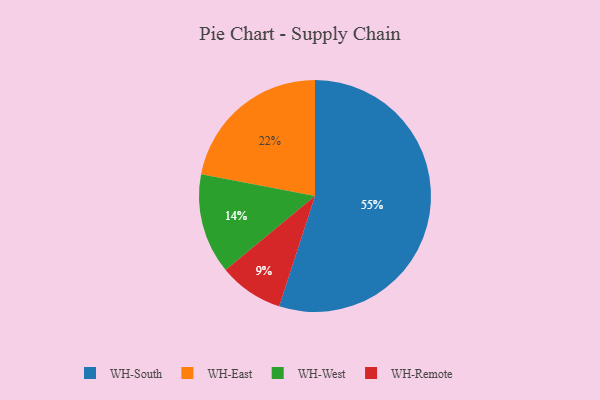
{"axis": {"x": "Category", "y": "Percentage"}, "legend": ["WH-East", "WH-Remote", "WH-South", "WH-West"], "data": [{"x": "WH-East", "y": 22, "type": "WH-East"}, {"x": "WH-South", "y": 55, "type": "WH-South"}, {"x": "WH-West", "y": 14, "type": "WH-West"}, {"x": "WH-Remote", "y": 9, "type": "WH-Remote"}]}